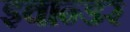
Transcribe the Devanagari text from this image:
इवान्डर